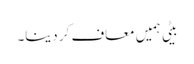
بیٹی ہمیں معاف کر دینا۔